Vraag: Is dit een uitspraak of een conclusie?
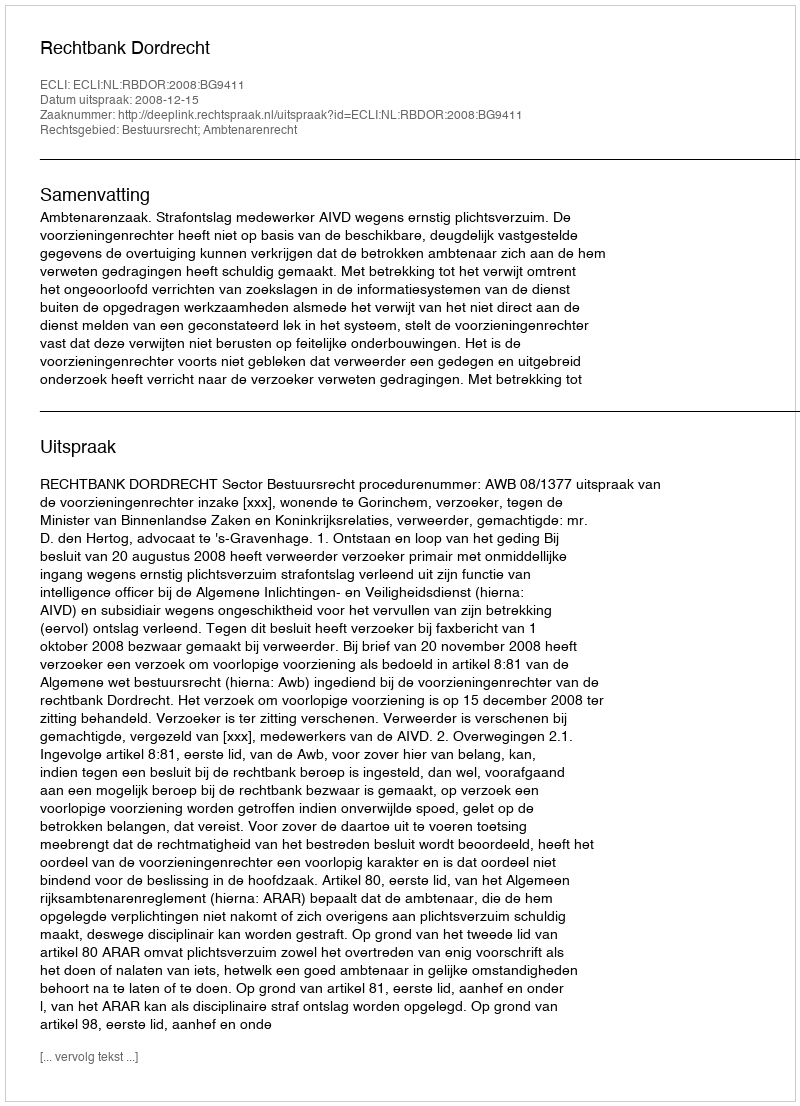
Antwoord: Uitspraak